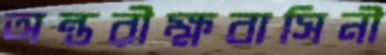
অন্তরীক্ষবাসিনী